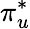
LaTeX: \pi_{u}^{*}